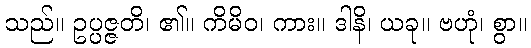
သည်။ ဥပ္ပဇ္ဇတိ၊ ၏။ ကိမိဝ၊ ကား။ ဒါနိ၊ ယခု။ ဗဟုံ၊ စွာ။